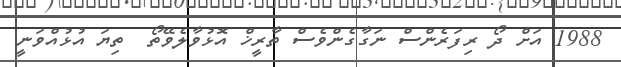
1988 އަށް ދޯ ރިފަރެންސް ނަގާގެންވެސް ތާރީޚް އޮޅުވާލެވޭތޯ  ތިޔަ އުޅުއްވަނީ